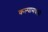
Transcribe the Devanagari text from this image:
कल्पामधली